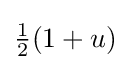
{\textstyle {\tfrac {1}{2}}(1+u)}